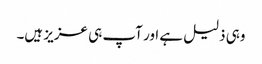
وہی ذلیل ہے اور آپ ہی عزیز ہیں۔